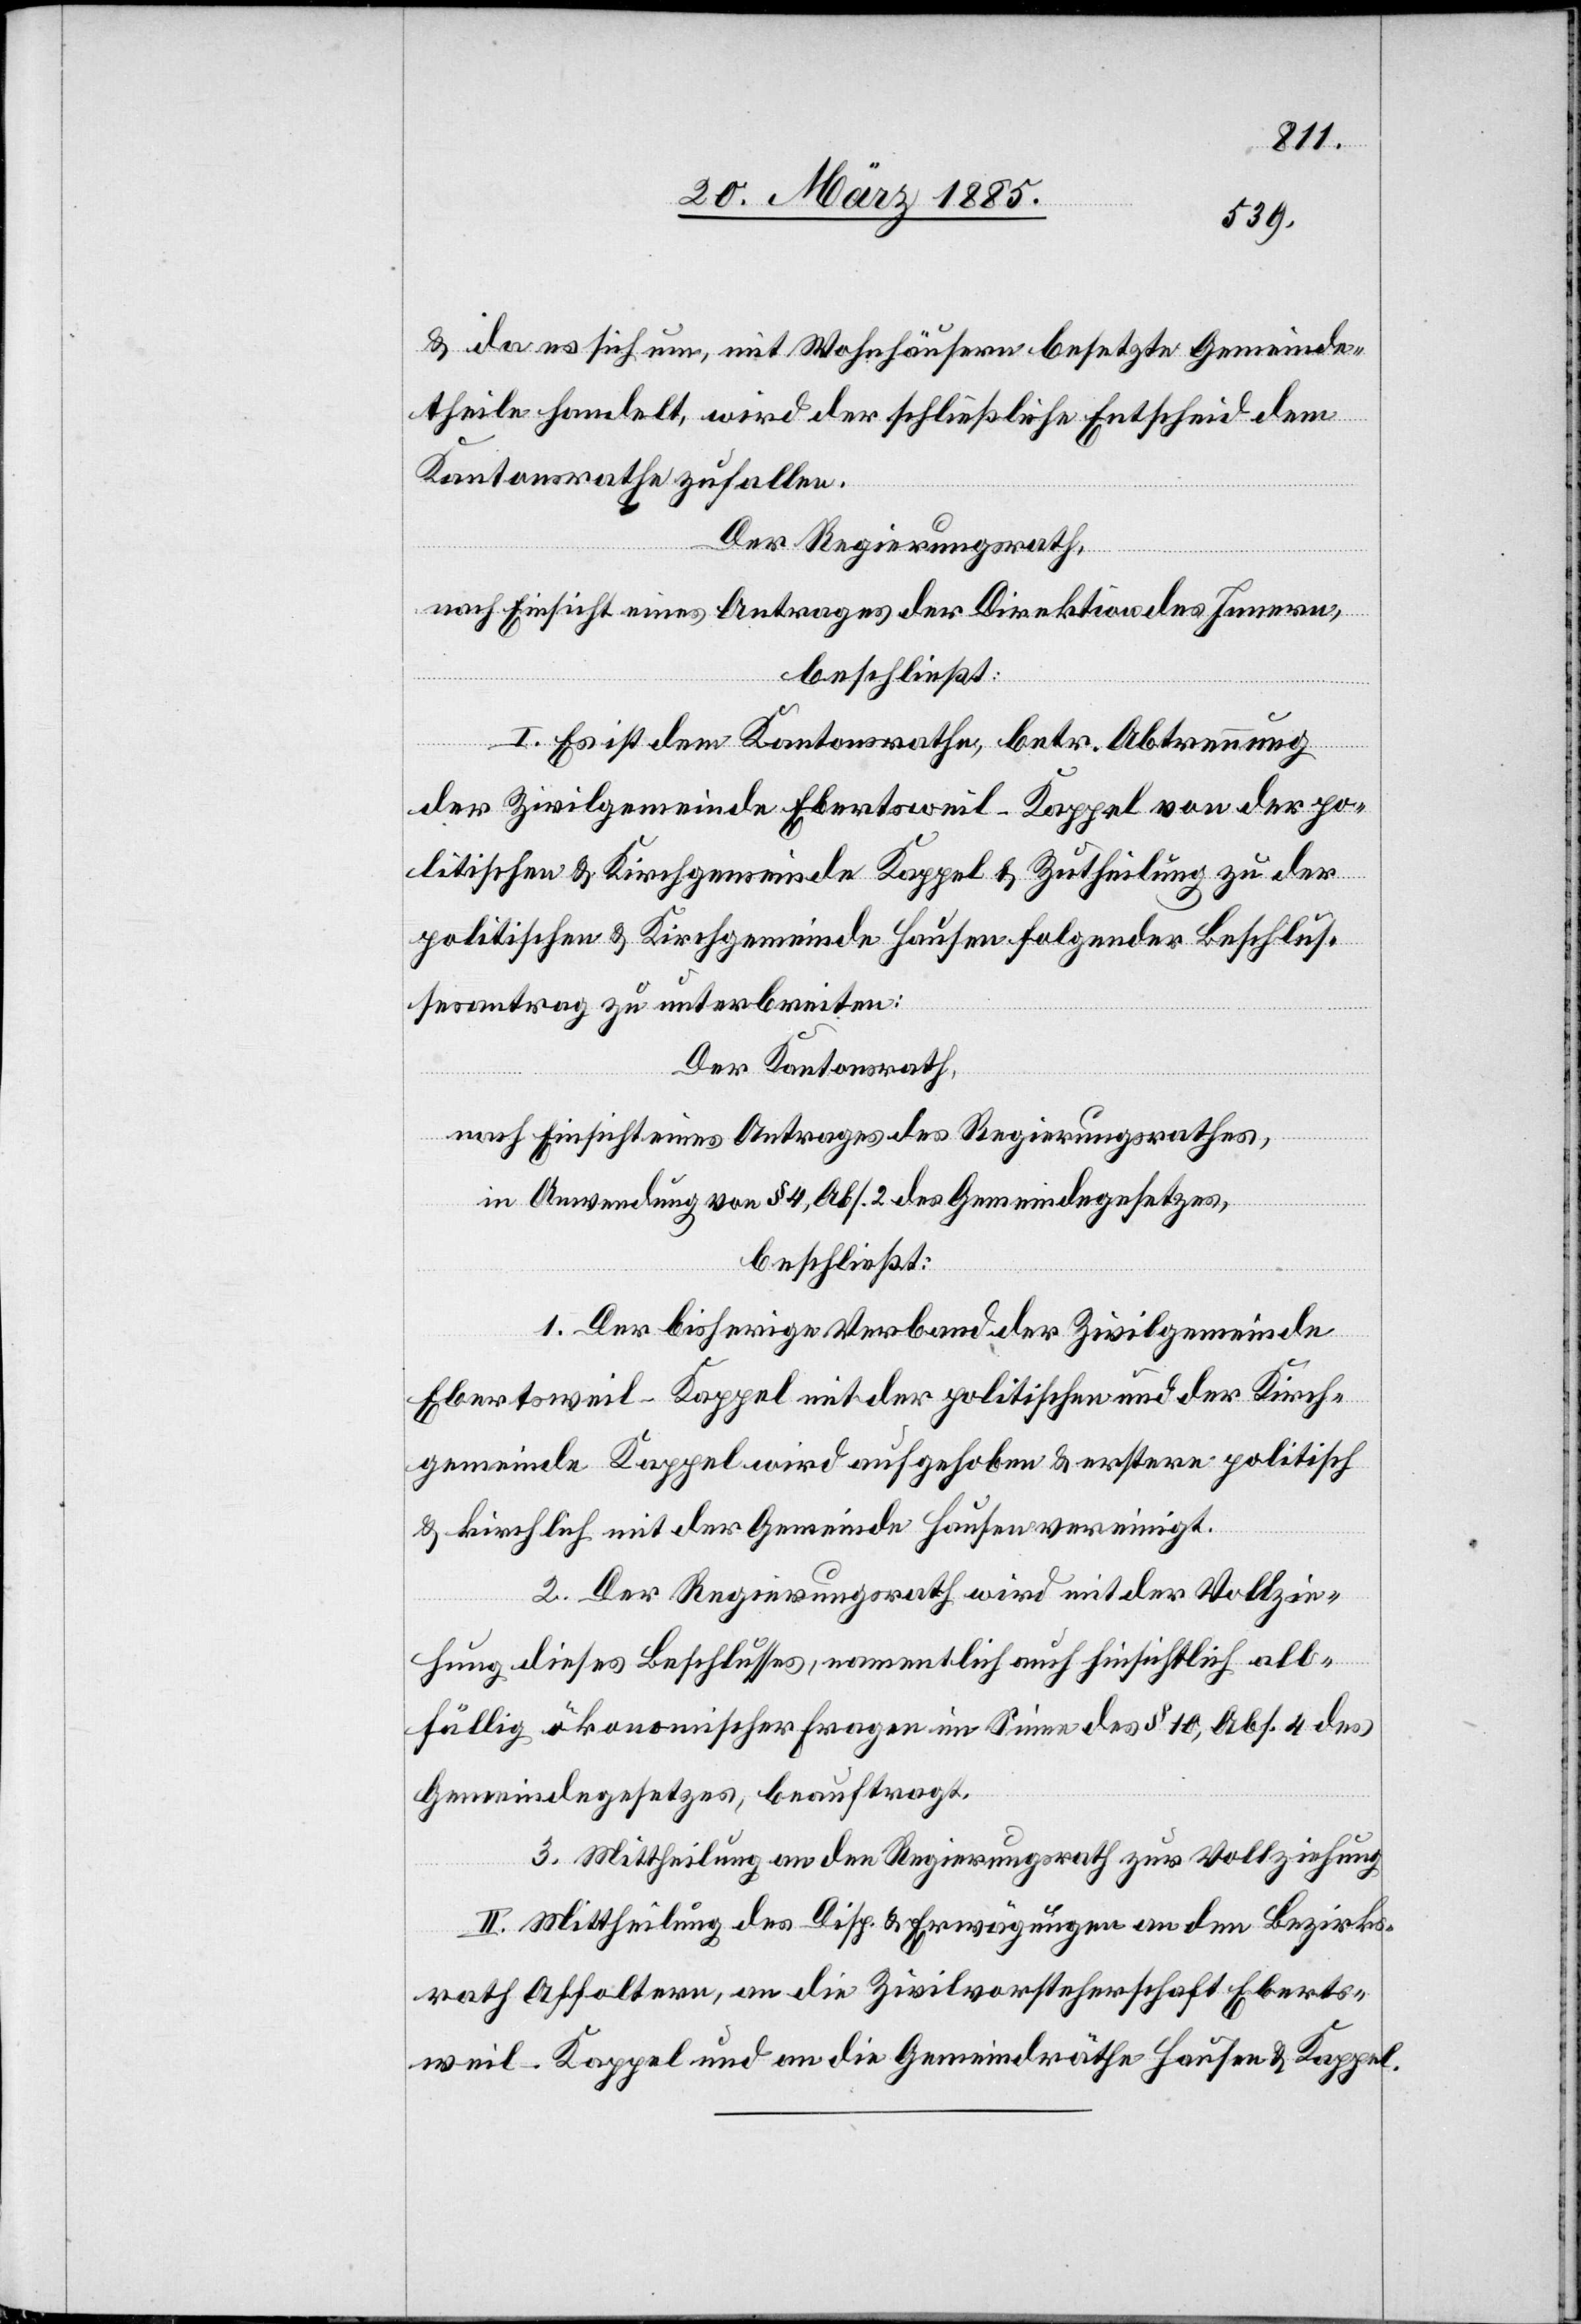
& da es sich um, mit Wohnhäusern besetzte Gemeinde¬
theile handelt, wird der schließliche Entscheid dem
Kantonsrathe zufallen.
Der Regierungsrath,
nach Einsicht eines Antrages der Direktion des Innern,
beschließt:
I. Es ist dem Kantonsrathe, betr. Abtrennung
der Zivilgemeinde Ebertsweil-Kappel von der po¬
litischen & Kirchgemeinde Kappel & Zutheilung zu der
politischen & Kirchgemeinde Hausen folgender Beschlus¬
sesantrag zu unterbreiten:
Der Kantonsrath,
nach Einsicht eines Antrages des Regierungsrathes,
in Anwendung von § 4, Abs. 2 des Gemeindegesetzes,
beschließt:
1. Der bisherige Verband der Zivilgemeinde
Ebertsweil-Kappel mit der politischen und der Kirch¬
gemeinde Kappel wird aufgehoben & erstere politisch
& kirchlich mit der Gemeinde Hausen vereinigt.
2. Der Regierungsrath wird mit der Vollzie¬
hung dieses Beschlusses, namentlich auch hinsichtlich all¬
fällig ökonomischer Fragen im Sinne des § 10, Abs. 4 des
Gemeindegesetzes, beauftragt.
3. Mittheilung an den Regierungsrath zur Vollziehung.
II. Mittheilung des Disp. & Erwägungen an den Bezirks¬
rath Affoltern, an die Zivilvorsteherschaft Eberts¬
weil-Kappel und an die Gemeindräthe Hausen & Kappel.